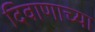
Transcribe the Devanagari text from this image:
दिवाणाच्या